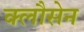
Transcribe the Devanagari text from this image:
क्लौसेन